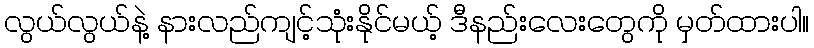
လွယ်လွယ်နဲ့ နားလည်ကျင့်သုံးနိုင်မယ့် ဒီနည်းလေးတွေကို မှတ်ထားပါ။